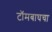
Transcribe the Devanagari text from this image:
टॉमबाघचा